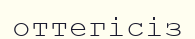
оттегісіз